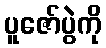
ပူဇော်ပွဲကို